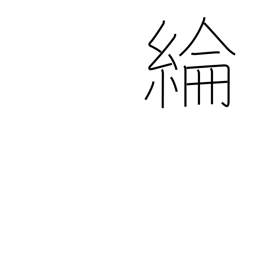
Meaning: silk cloth